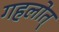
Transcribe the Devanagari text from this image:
गहलोत्